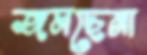
জমছেনা